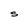
Character: S